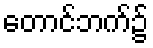
တောင်ဘက်၌